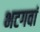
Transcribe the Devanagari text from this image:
भटगवां